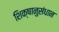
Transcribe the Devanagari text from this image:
शिक्षानुसंधान